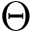
\Theta